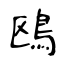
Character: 鴎